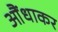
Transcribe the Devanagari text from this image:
आैंधाकर